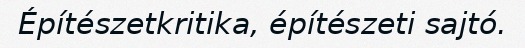
Építészetkritika, építészeti sajtó.